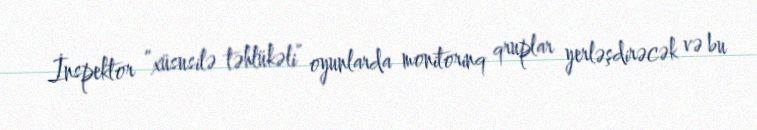
İnspektor “xüsusilə təhlükəli” oyunlarda monitorinq qruplar yerləşdirəcək və bu